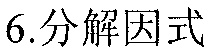
6.分解因式